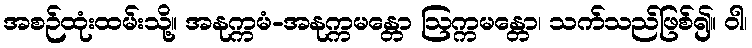
အစဉ်ထုံးထမ်းသို့။ အနုက္ကမံ-အနုက္ကမန္တော ဩက္ကမန္တော၊ သက်သည်ဖြစ်၍။ ဝါ၊